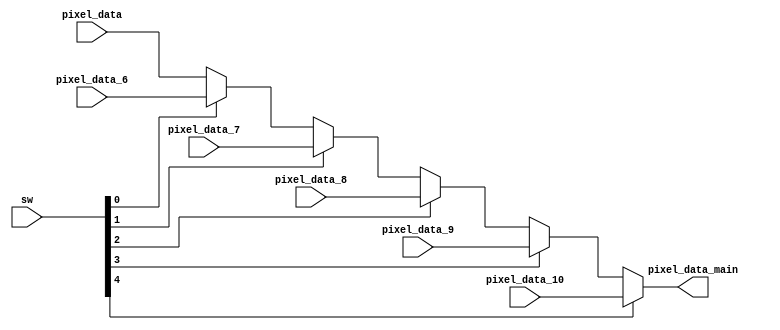
`timescale 1ns / 1ps

module determine(
    input [15:6] sw,
    input [15:0] pixel_data,
    output [15:0] pixel_data_main, 
    input [15:0] pixel_data_6,
    input [15:0] pixel_data_7,
    input [15:0] pixel_data_8,
    input [15:0] pixel_data_9,
    input [15:0] pixel_data_10
    );
    
    assign pixel_data_main [15:0] = (sw[10]) ? pixel_data_10 : ((sw[9]) ? pixel_data_9 : ((sw[8]) ? pixel_data_8 : ((sw[7]) ? pixel_data_7 [15:0] : ((sw[6]) ? pixel_data_6 [15:0] : pixel_data [15:0])))); 
    
endmodule